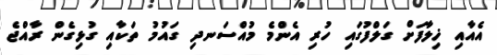
އެއާއި ޚިލާފަށް ގަލްފުގައި ހުރި އެންމެ މުއްސަނދި ގައުމު ތަކާއި ގުޅިގެން ރާއްޖެ